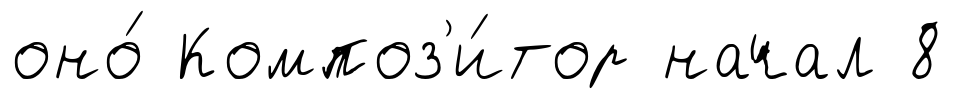
оно́ Композ'и́тор начал 8